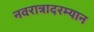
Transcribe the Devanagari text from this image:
नवरात्रादरम्यान